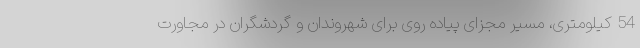
54 کیلومتری، مسیر مجزای پیاده روی برای شهروندان و گردشگران در مجاورت